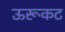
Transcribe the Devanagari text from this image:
ऊरूकट